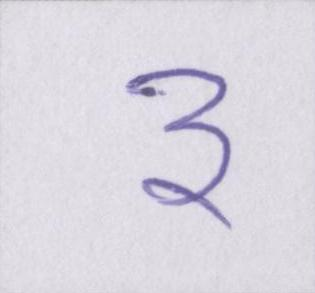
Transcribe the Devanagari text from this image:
३